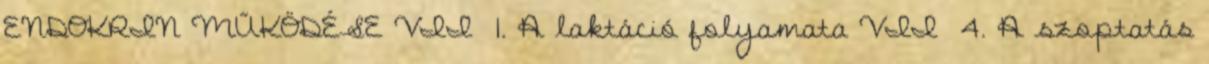
ENDOKRIN MŰKÖDÉSE VII 1. A laktáció folyamata VII 4. A szoptatás